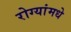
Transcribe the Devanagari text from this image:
रोग्यांमधे